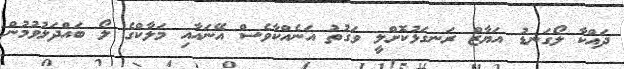
ދައްކާ ލޯގަނޑު އަޔާޒް ރަނގަޅުކޮށްލީ ވަގުތު އަނެއްކާވެސް އޭނައާއި މަލާކްގެ ލޯ ބައްދަލުވުމުން